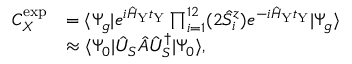
\begin{array} { r l } { C _ { X } ^ { \mathrm { e x p } } } & { = \langle \Psi _ { g } | e ^ { i \hat { H } _ { \mathrm { Y } } t _ { \mathrm { Y } } } \prod _ { i = 1 } ^ { 1 2 } ( 2 \hat { S } _ { i } ^ { z } ) e ^ { - i \hat { H } _ { \mathrm { Y } } t _ { \mathrm { Y } } } | \Psi _ { g } \rangle } \\ & { \approx \langle \Psi _ { 0 } | \hat { U } _ { S } \hat { A } \hat { U } _ { S } ^ { \dagger } | \Psi _ { 0 } \rangle , } \end{array}